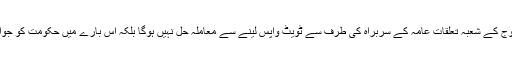
اُنھوں نے کہا کہ فوج کے شعبہ تعلقات عامہ کے سربراہ کی طرف سے ٹویٹ واپس لینے سے معاملہ حل نہیں ہوگا بلکہ اس بارے میں حکومت کو جواب دہ ہونا پڑے گا۔